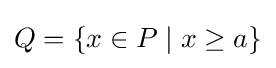
Q=\{x\in P\mid x\geq a\}